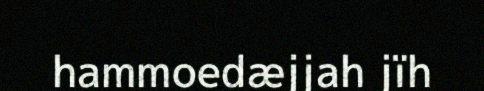
hammoedæjjah jïh